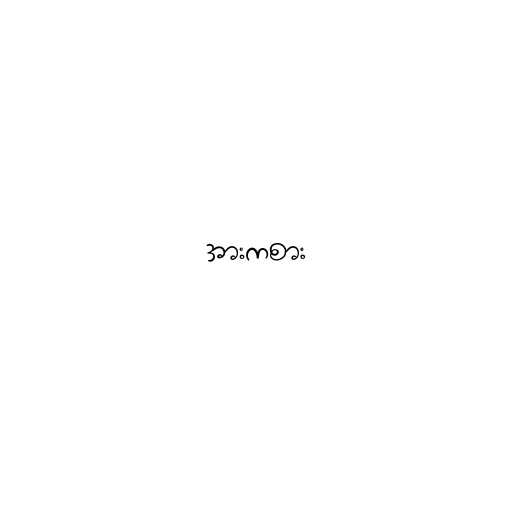
အားကစား